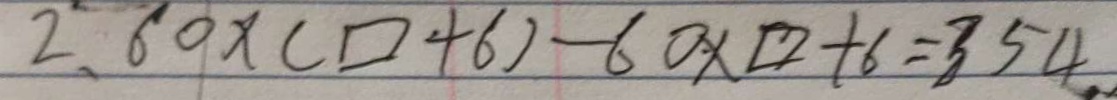
2 . 6 0 \times ( \square + 6 ) - 6 0 \times \square + 6 = 3 5 4 .